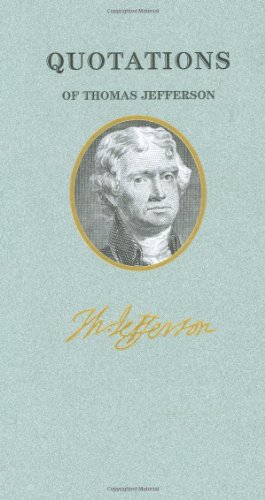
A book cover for Quotations of Thomas Jefferson (Great American Quote Books); Thomas Jefferson; Humor & Entertainment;